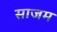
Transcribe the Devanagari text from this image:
साजम